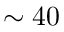
\sim 4 0